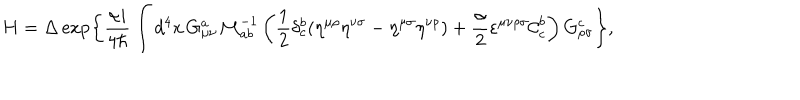
H = \Delta \exp \left\{ \frac { \alpha i } { 4 \hbar } \int d ^ { 4 } x \, G _ { \mu \nu } ^ { a } { \cal M } _ { a b } ^ { - 1 } \left( \frac { 1 } { 2 } \delta _ { c } ^ { b } ( \eta ^ { \mu \rho } \eta ^ { \nu \sigma } - \eta ^ { \mu \sigma } \eta ^ { \nu \rho } ) + \frac { \alpha } { 2 } \varepsilon ^ { \mu \nu \rho \sigma } { \cal C } _ { c } ^ { b } \right) G _ { \rho \sigma } ^ { c } \right\} ,